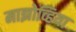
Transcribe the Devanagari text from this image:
माझोव्हिया